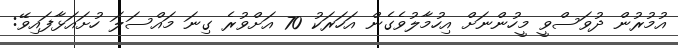
އުމުރުން ދުވަސްވީ މީހުންނަށް އިހުމާލުވެގެން އަހަރަކު 70 އަށްވުރެ ގިނަ މައްސަލަ ހުށައަޅާފައިވޭ: